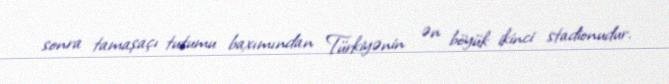
sonra tamaşaçı tutumu baxımından Türkiyənin ən böyük ikinci stadionudur.